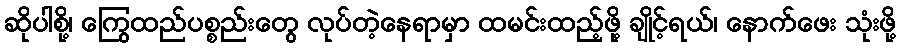
ဆိုပါစို့၊ ကြွေထည်ပစ္စည်းတွေ လုပ်တဲ့နေရာမှာ ထမင်းထည့်ဖို့ ချိုင့်ရယ်၊ နောက်ဖေး သုံးဖို့